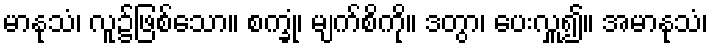
မာနုသံ၊ လူ၌ဖြစ်သော။ စက္ခုံ၊ မျက်စိကို။ ဒတွာ၊ ပေးလှူ၍။ အမာနုသံ၊